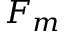
F _ { m }